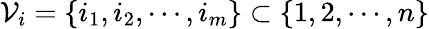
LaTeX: \mathcal{V}_{i}=\left\{ i_{1},i_{2},\cdots,i_{m}\right\} \subset\left\{ 1,2,\cdots,n\right\}